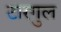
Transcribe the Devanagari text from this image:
टारगुल